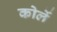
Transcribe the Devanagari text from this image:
कोर्ले